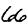
Digit: 6